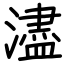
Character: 濜